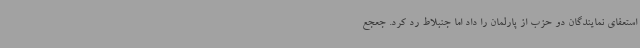
استعفای نمایندگان دو حزب از پارلمان را داد اما جنبلاط رد کرد. جعجع